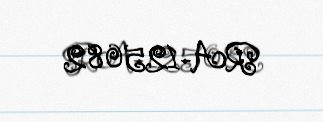
RA-125082